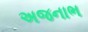
અજનાભ